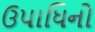
ઉપાધિનો